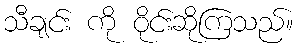
သီချင်း ကို ဝိုင်းဆိုကြသည်။